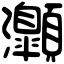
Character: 𤅡